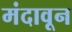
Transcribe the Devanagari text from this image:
मंदावून